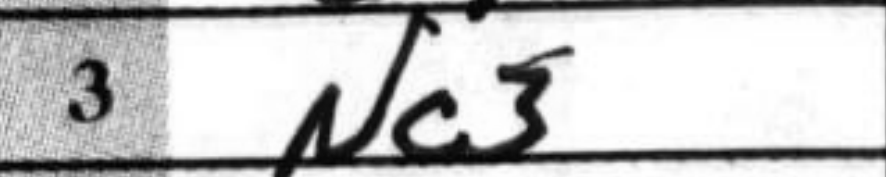
Transcription: Nc3